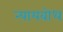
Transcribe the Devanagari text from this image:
न्यायबोध